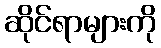
ဆိုင်ရာများကို